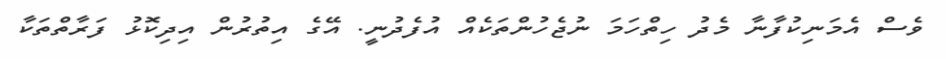
ވެސް އެމަނިކުފާނާ މެދު ހިތްހަމަ ނުޖެހުންތަކެއް އުފެދުނީ. އޭގެ އިތުރުން އިދިކޮޅު ފަރާތްތަކާ